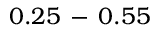
0 . 2 5 \, - \, 0 . 5 5